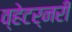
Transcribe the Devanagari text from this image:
व्हेटर्नरी